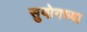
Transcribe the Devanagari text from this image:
सुयोगच्या